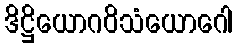
ဒိဋ္ဌိယောဂဝိသံယောဂေါ